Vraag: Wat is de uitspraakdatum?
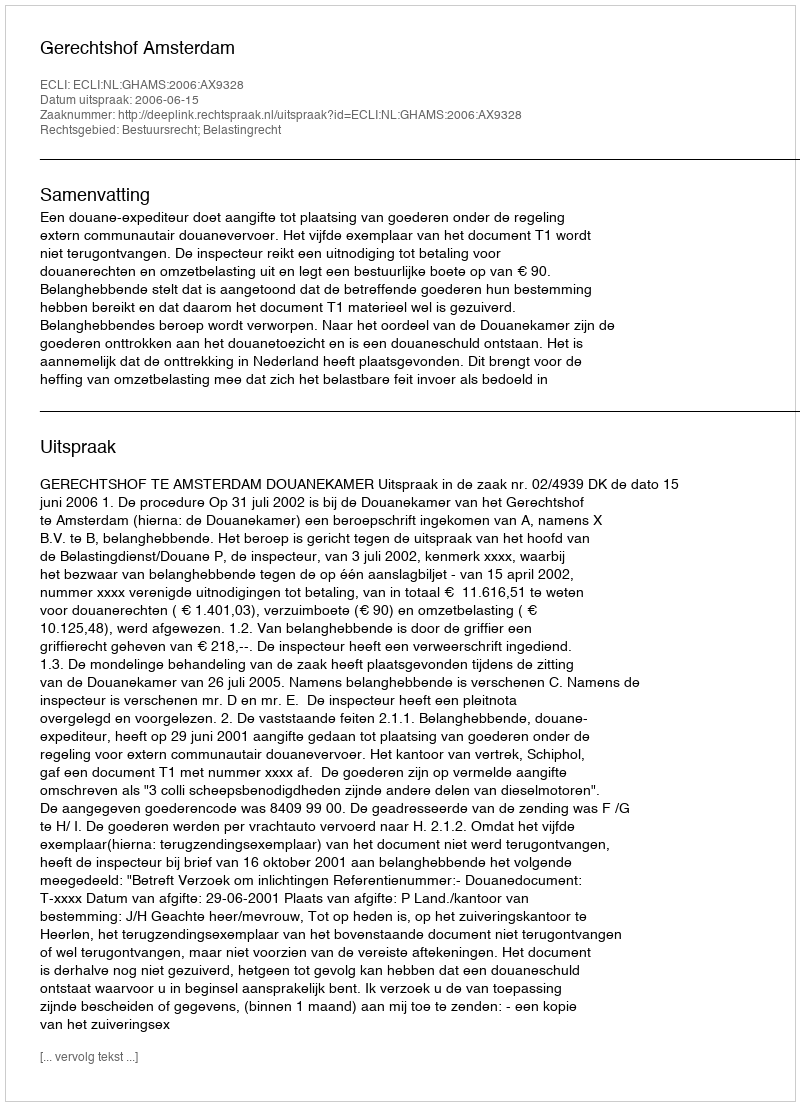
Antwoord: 2006-06-15